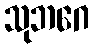
သုဘဂေ